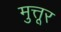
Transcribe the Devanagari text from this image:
मुत्तूर